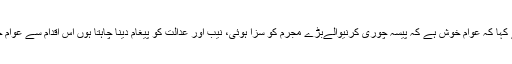
انھوں نے کہا کہ عوام خوش ہے کہ پیسہ چوری کرنیوالےبڑے مجرم کو سزا ہوئی، نیب اور عدالت کو پیغام دینا چاہتا ہوں اس اقدام سے عوام خوش ہیں۔